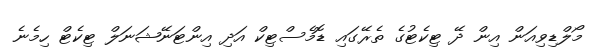
މޯލްޑިވިއަން އިން ދޭ ޓިކެޓުގެ ތެރޭގައި ޑޮމެސްޓިކް އަދި އިންޓަނޭޝަނަލް ޓިކެޓް ހިމެނެ